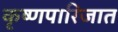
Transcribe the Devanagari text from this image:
कृष्णपारिजात